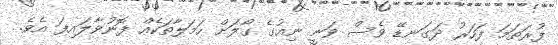
ފުރަތަމަ ފަހަރު ދަގަނޑޭ ވެސް ވަނީ ނިއުގެ ގޯލަށް ހަމަލާތަކެއް ފޮނުވާލައިފަ އެވެ.